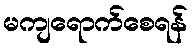
မကျရောက်စေရန်